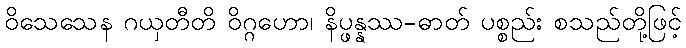
ဝိသေသေန ဂယှတီတိ ဝိဂ္ဂဟော၊ နိပ္ဖန္နဿ-ဓာတ် ပစ္စည်း စသည်တို့ဖြင့်